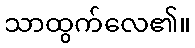
သာထွက်လေ၏။